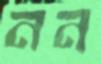
নন